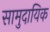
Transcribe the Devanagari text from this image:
सामुदायिक